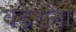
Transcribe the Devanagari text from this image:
वढेरांना